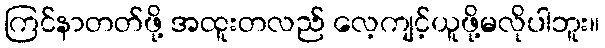
ကြင်နာတတ်ဖို့ အထူးတလည် လေ့ကျင့်ယူဖို့မလိုပါဘူး။